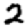
Digit: 2